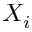
X _ { i }